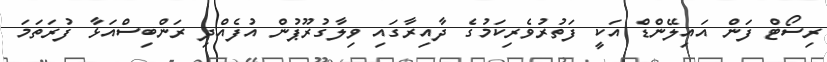
ރިސޯޓް ފަން އައިލޭންޑް އަކީ ފަތުރުވެރިކަމުގެ ދާއިރާގައި ވިލާގުރޫޕުން އުފެއްދި ރަންބިސްއަޅާ ފުރަތަމަ